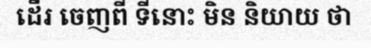
ដើរ ចេញពី ទីនោះ មិន និយាយ ថា